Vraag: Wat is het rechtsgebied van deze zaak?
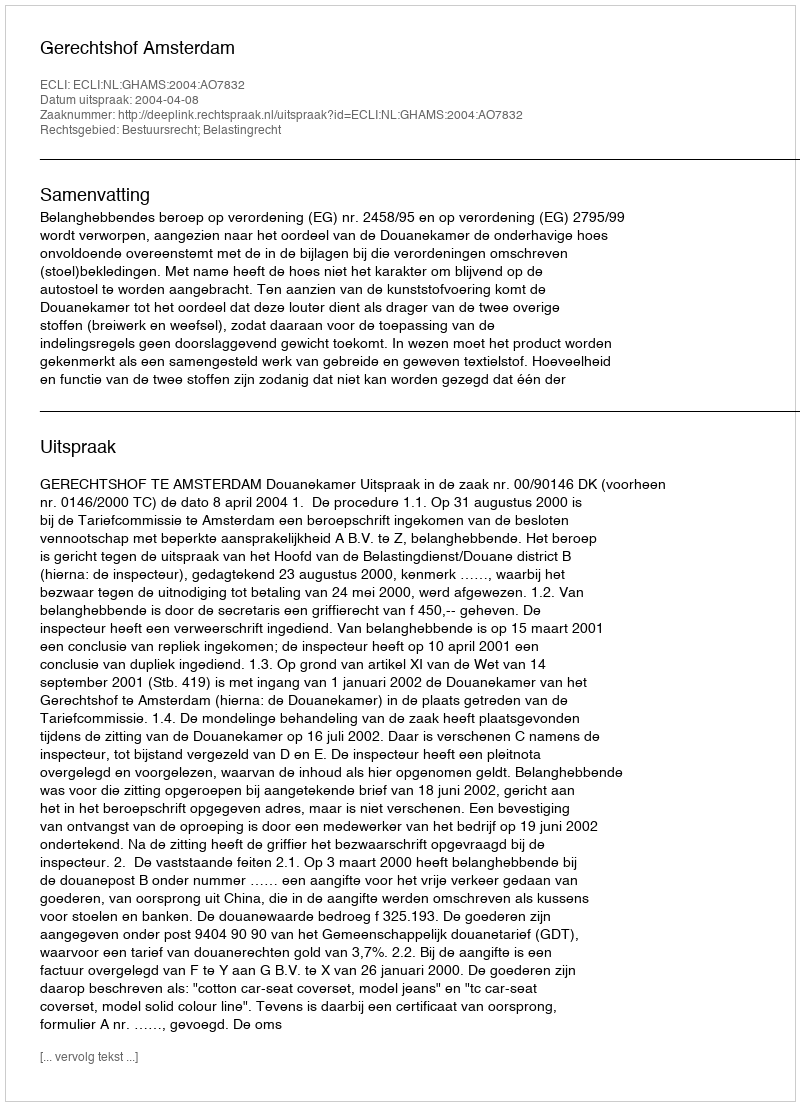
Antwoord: Bestuursrecht; Belastingrecht